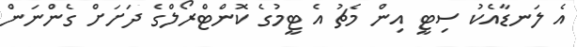
އެ ލަނޑާއެކު ސިޓީ އިން މެޗު އެ ޓީމުގެ ކޮންޓްރޯލްގެ ދަށަށް ގެންނަން